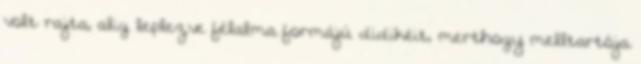
volt rajta, alig leplezve félalma formájú didikéit, merthogy melltartója